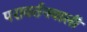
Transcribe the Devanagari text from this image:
परावर्तनवाली